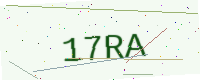
Text: 17RA